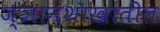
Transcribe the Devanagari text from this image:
ज्ञानशाखांतील